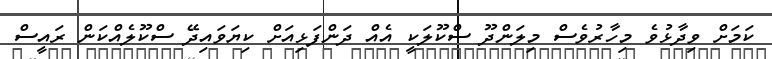
ކަމަށް ވިދާޅުވެ މިހާރުވެސް މިލަންދޫ ސްކޫލަކީ އެއް ދަންފަޅިއަށް ކިޔަވައިދޭ ސްކޫލެއްކަން ރައީސް